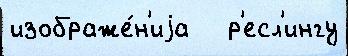
изображе́н'иjа   р'есл'ингу